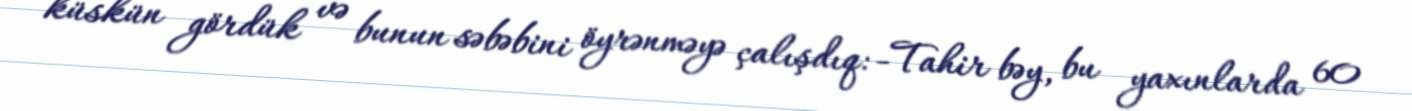
küskün gördük və bunun səbəbini öyrənməyə çalışdıq: -Tahir bəy, bu yaxınlarda 60